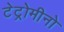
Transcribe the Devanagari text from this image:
टेट्रोमीनो